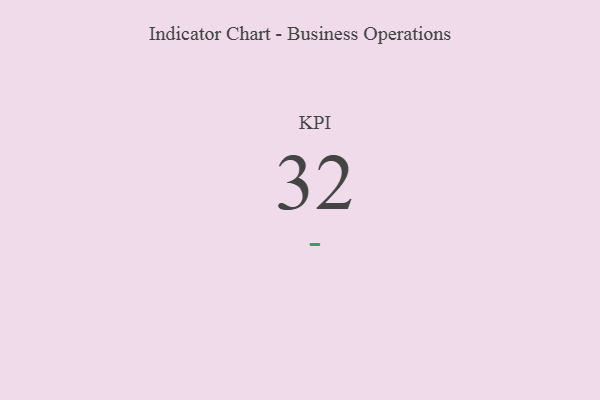
{"axis": {"x": "KPI", "y": "Value"}, "legend": [""], "data": [{"x": "KPI", "y": 32, "type": ""}]}